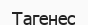
Тагенес